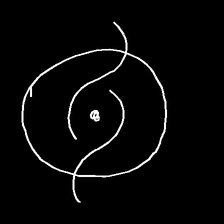
Glyph: repetition